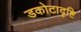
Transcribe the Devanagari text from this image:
डकोटादृष्टि